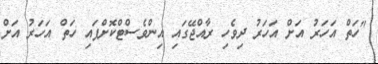
"ހަތް އަހަރު އަށް އަހަރު ދިވެހި ރާއްޖޭގައި އިންވެސްޓްކޮށްފައި ހަތް އަހަރު އަށް